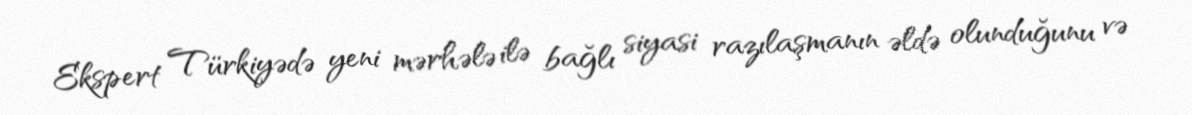
Ekspert Türkiyədə yeni mərhələ ilə bağlı siyasi razılaşmanın əldə olunduğunu və